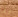
ربما